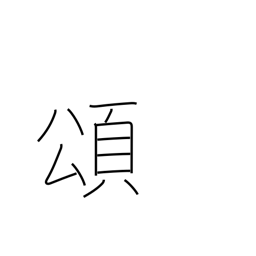
Meaning: eulogy